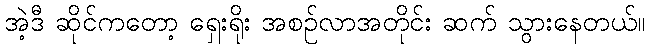
အဲ့ဒီ ဆိုင်ကတော့ ရှေးရိုး အစဉ်လာအတိုင်း ဆက် သွားနေတယ်။